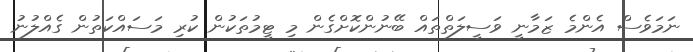
ނަމަވެސް އެންމެ ޒަމާނީ ވަސީލަތްތައް ބޭނުންކޮށްގެން މި ޓީމުތަކުން ކުރި މަސައްކަތުން ގެއްލުނު